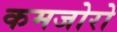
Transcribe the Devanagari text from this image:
कमजोरो